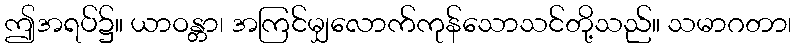
ဤအရပ်၌။ ယာဝန္တာ၊ အကြင်မျှလောက်ကုန်သောသင်တို့သည်။ သမာဂတာ၊